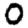
Digit: 0